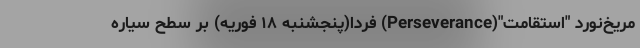
مریخ‌نورد "استقامت"(Perseverance) فردا(پنجشنبه ۱۸ فوریه) بر سطح سیاره